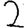
Digit: 2